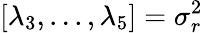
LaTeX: [\lambda_{3},...,\lambda_{5}]=\sigma_{r}^{2}